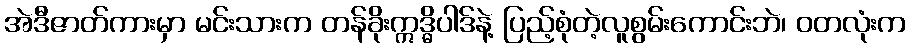
အဲဒီဇာတ်ကားမှာ မင်းသားက တန်ခိုးဣဒ္ဓိပါဒ်နဲ့ ပြည့်စုံတဲ့လူစွမ်းကောင်းဘဲ၊ ဝတလုံးက